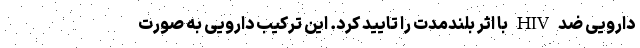
دارویی ضد HIV با اثر بلندمدت را تایید کرد. این ترکیب دارویی به صورت